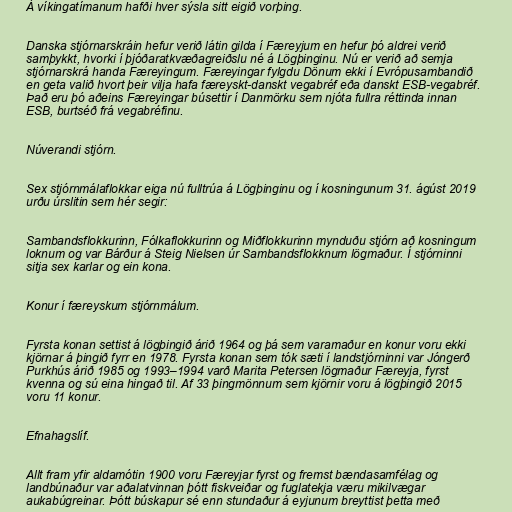
Á víkingatímanum hafði hver sýsla sitt eigið vorþing.

Danska stjórnarskráin hefur verið látin gilda í Færeyjum en hefur þó aldrei verið
samþykkt, hvorki í þjóðaratkvæðagreiðslu né á Lögþinginu. Nú er verið að semja
stjórnarskrá handa Færeyingum. Færeyingar fylgdu Dönum ekki í Evrópusambandið
en geta valið hvort þeir vilja hafa færeyskt-danskt vegabréf eða danskt ESB-vegabréf.
Það eru þó aðeins Færeyingar búsettir í Danmörku sem njóta fullra réttinda innan
ESB, burtséð frá vegabréfinu.

Núverandi stjórn.

Sex stjórnmálaflokkar eiga nú fulltrúa á Lögþinginu og í kosningunum 31. ágúst 2019
urðu úrslitin sem hér segir:

Sambandsflokkurinn, Fólkaflokkurinn og Miðflokkurinn mynduðu stjórn að kosningum
loknum og var Bárður á Steig Nielsen úr Sambandsflokknum lögmaður. Í stjórninni
sitja sex karlar og ein kona.

Konur í færeyskum stjórnmálum.

Fyrsta konan settist á lögþingið árið 1964 og þá sem varamaður en konur voru ekki
kjörnar á þingið fyrr en 1978. Fyrsta konan sem tók sæti í landstjórninni var Jóngerð
Purkhús árið 1985 og 1993–1994 varð Marita Petersen lögmaður Færeyja, fyrst
kvenna og sú eina hingað til. Af 33 þingmönnum sem kjörnir voru á lögþingið 2015
voru 11 konur.

Efnahagslíf.

Allt fram yfir aldamótin 1900 voru Færeyjar fyrst og fremst bændasamfélag og
landbúnaður var aðalatvinnan þótt fiskveiðar og fuglatekja væru mikilvægar
aukabúgreinar. Þótt búskapur sé enn stundaður á eyjunum breyttist þetta með